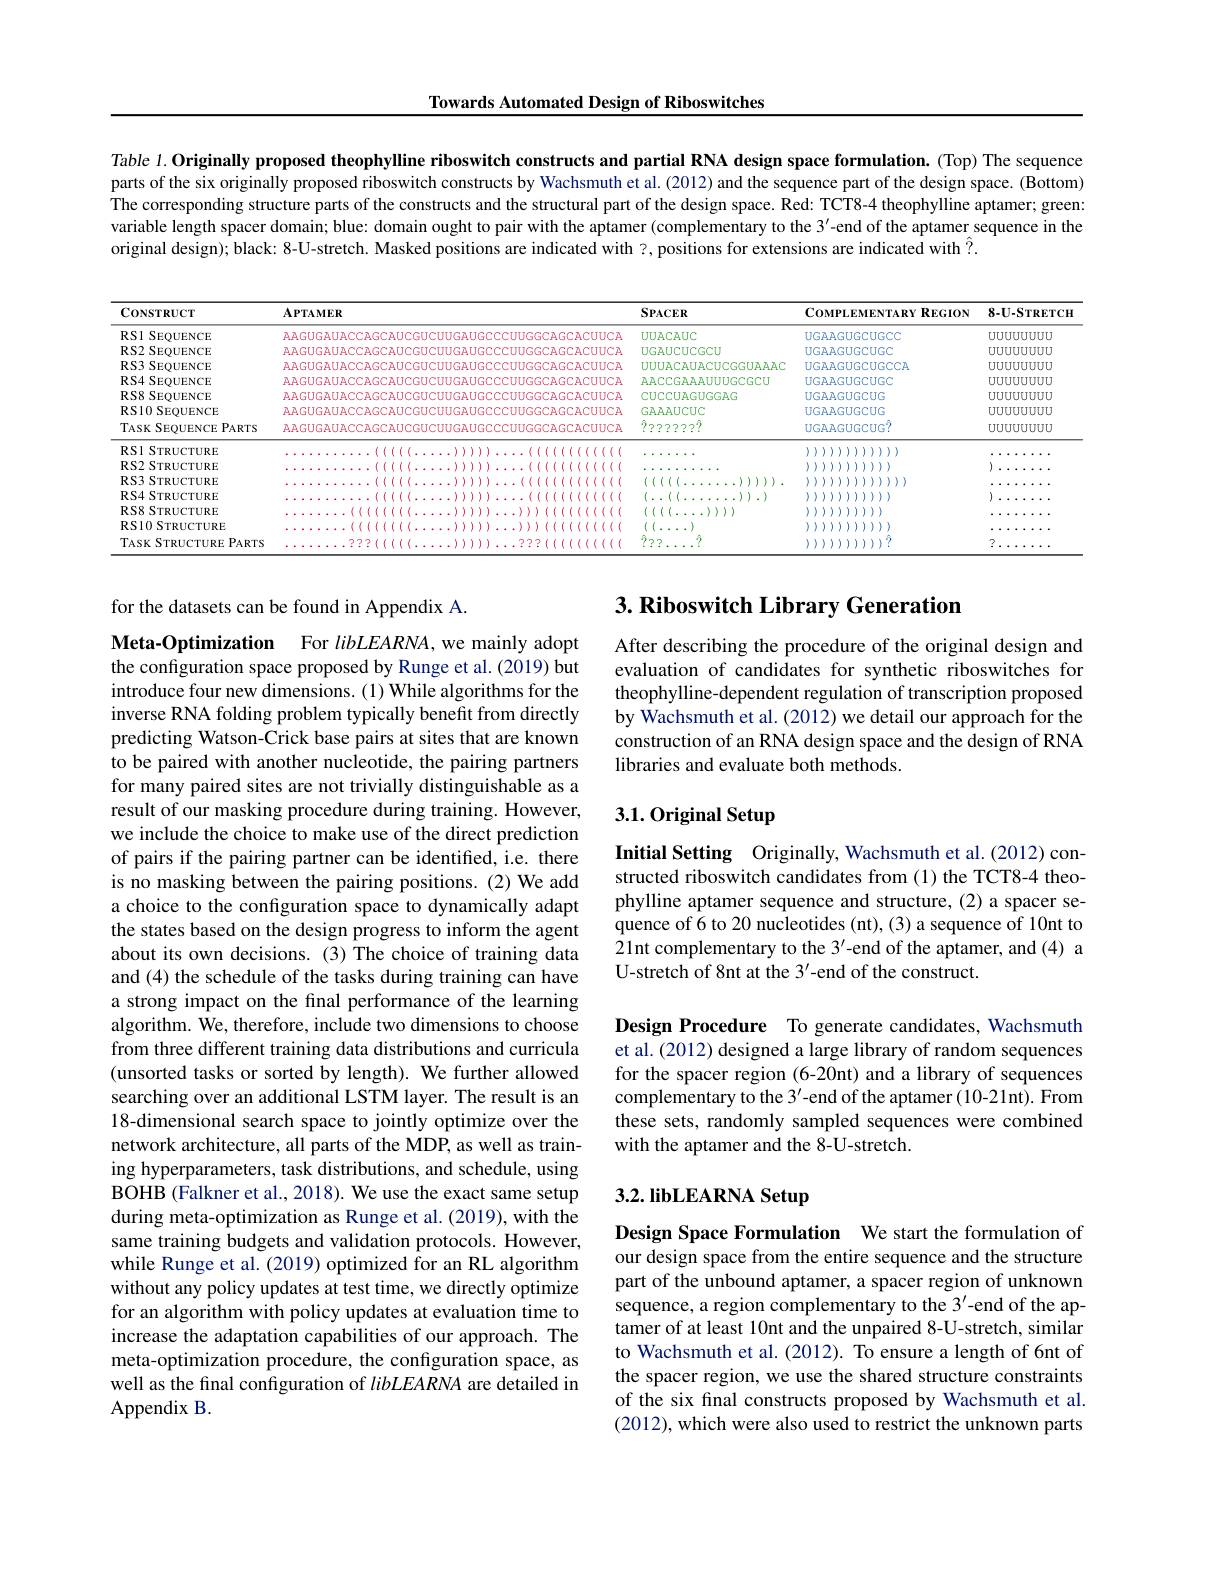
Towards Automated Design of Riboswitches

Table 1. Originally proposed theophylline riboswitch constructs and partial RNA design space formulation. (Top) The sequence parts of the six originally proposed riboswitch constructs by Wachsmuth et al.(2012) and the sequence part of the design space. (Bottom) The corresponding structure parts of the constructs and the structural part of the design space. Red: TCT8-4 theophylline aptamer; green: variable length spacer domain; blue: domain ought to pair with the aptamer (complementary to the 3'-end of the aptamer sequence in the original design); black: 8-U-stretch. Masked positions are indicated with ?, positions for extensions are indicated with $\hat{?}.$

<table>
	<tbody>
		<tr>
			<th>CoNSTRUCT</th>
			<th colspan="2">$\mathbf{APTAMER}$</th>
			<th>$\mathbf{SPACER}$</th>
			<th>$R$</th>
			<th>COMPLEMENTARY REGION</th>
			<th>$8-U-STRETCH$</th>
		</tr>
		<tr>
			<td>RS1 SEQUENCE</td>
			<td>AAGUGAUACCAGCAUCGUCUUGA</td>
			<td>JGCCCCUUGGCAGCACUUCA</td>
			<td>UUACAUC</td>
			<td>$UC$</td>
			<td>UGAAGUGCUGCC</td>
			<td>UUUUUUUUD</td>
		</tr>
		<tr>
			<td>RS2 SEQUENCE</td>
			<td>AAGUGAUACCAGCAUCGUCUUGA</td>
			<td colspan="3"> </td>
			<td>UGAAGUGCUGC</td>
			<td>UUUUUUUUD</td>
		</tr>
		<tr>
			<td>RS3 SEQUENCE</td>
			<td colspan="2"> </td>
			<td>UUUACAUACUCGGUA</td>
			<td>ZUACUCGGUAAAC</td>
			<td>UGAAGUGCUGCCA</td>
			<td>UUUUUUUUD</td>
		</tr>
		<tr>
			<td>RS4 SEQUENCE</td>
			<td colspan="2"> </td>
			<td>AACCGAAAUUGCGC</td>
			<td>ZAAAUUUGCGCU</td>
			<td>UGAAGUGCUGC</td>
			<td>UUUUUUUUD</td>
		</tr>
		<tr>
			<td>RS8 SEQUENCE</td>
			<td>AAGUGAUACCAGCAUCGUCUUGA</td>
			<td>JGCCCCUUGGCAGCACUUCA</td>
			<td>CUCCUAGUGGAG</td>
			<td>ZGUGGAC</td>
			<td>UGAAGUGCUG</td>
			<td>UUUUUUUUD</td>
		</tr>
		<tr>
			<td>RS10 SEQUENCE</td>
			<td colspan="2">AAGUGAUACCAGCAUCGUCUUGAUGCCCUUGGCAGCACUUCP</td>
			<td>GAAAAUCUC</td>
			<td>$\mathbb{C}U\mathbb{C}$</td>
			<td>UGAAGUGCUG</td>
			<td>UUUUUUUUD</td>
		</tr>
		<tr>
			<td>TASK SEQUENCE PARTS</td>
			<td>AAGUGAUACCAGCAUCGUCUUGA</td>
			<td>JGCCCCUUGGCAGCACUUCA</td>
			<td>??????????</td>
			<td>2??7</td>
			<td>UGAAGUGCUG?</td>
			<td>UUUUUUUUD</td>
		</tr>
		<tr>
			<td>RSI STRUCTURE</td>
			<td> </td>
			<td>$\{((1),0)\}$</td>
			<td> </td>
			<td> </td>
			<td>())()))))</td>
			<td> </td>
		</tr>
		<tr>
			<td>RS2 STRUCTURE</td>
			<td> </td>
			<td>T</td>
			<td> </td>
			<td> </td>
			<td>17 1</td>
			<td>1</td>
		</tr>
		<tr>
			<td>RS3 STRUCTURE</td>
			<td> </td>
			<td> </td>
			<td> </td>
			<td> </td>
			<td> </td>
			<td> </td>
		</tr>
		<tr>
			<td>RS4 STRUCTURE</td>
			<td> </td>
			<td> </td>
			<td> </td>
			<td> </td>
			<td> </td>
			<td> </td>
		</tr>
		<tr>
			<td>RS8 STRUCTURE</td>
			<td> </td>
			<td> </td>
			<td> </td>
			<td> </td>
			<td> </td>
			<td> </td>
		</tr>
		<tr>
			<td>RS10 STRUCTURE</td>
			<td> </td>
			<td>1</td>
			<td>11</td>
			<td> </td>
			<td>211 17</td>
			<td> </td>
		</tr>
		<tr>
			<td>TASK $STRUCTURE$ $\Xi P_{ARTS}$</td>
			<td> </td>
			<td> </td>
			<td> </td>
			<td> </td>
			<td> </td>
			<td>7</td>
		</tr>
	</tbody>
</table>

## 3. Riboswitch Library Generation

for the datasets can be found in Appendix A.

After describing the procedure of the original design and evaluation of candidates for synthetic riboswitches for theophylline-dependent regulation of transcription proposed by Wachsmuth et al. (2012) we detail our approach for the construction of an RNA design space and the design of RNA libraries and evaluate both methods.

# 3.1. Original Setup

Initial Setting Originally, Wachsmuth et al.(2012) constructed riboswitch candidates from (1) the TCT8-4 theophylline aptamer sequence and structure, (2) a spacer sequence of 6 to 20 nucleotides (nt), (3) a sequence of 10nt to 21nt complementary to the 3'-end of the aptamer, and (4) a U-stretch of 8nt at the 3'-end of the construct.

Meta-Optimization For $libLEARNA$, we mainly adopt the configuration space proposed by Runge et al. (2019) but introduce four new dimensions. (1) While algorithms for the inverse RNA folding problem typically benefit from directly predicting Watson-Crick base pairs at sites that are known to be paired with another nucleotide, the pairing partners for many paired sites are not trivially distinguishable as a result of our masking procedure during training. However, we include the choice to make use of the direct prediction of pairs if the pairing partner can be identified, i.e. there is no masking between the pairing positions. (2) We add a choice to the configuration space to dynamically adapt the states based on the design progress to inform the agent about its own decisions. (3) The choice of training data and (4) the schedule of the tasks during training can have a strong impact on the final performance of the learning algorithm. We, therefore, include two dimensions to choose from three different training data distributions and curricula (unsorted tasks or sorted by length). We further allowed searching over an additional LSTM layer. The result is an 18-dimensional search space to jointly optimize over the network architecture, all parts of the MDP, as well as training hyperparameters, task distributions, and schedule, using BOHB (Falkner et al., 2018). We use the exact same setup during meta-optimization as Runge et al. (2019), with the same training budgets and validation protocols. However, while Runge et al. (2019) optimized for an RL algorithm without any policy updates at test time, we directly optimize for an algorithm with policy updates at evaluation time to increase the adaptation capabilities of our approach. The meta-optimization procedure, the configuration space, as well as the final configuration of libLEARNA are detailed in Appendix B.

Design Procedure To generate candidates, Wachsmuth et al.(2012) designed a large library of random sequences for the spacer region (6-20nt) and a library of sequences complementary to the 3'-end of the aptamer (10-21nt). From these sets, randomly sampled sequences were combined with the aptamer and the 8-U-stretch.

# 3.2. libLEARNA Setup

Design Space Formulation We start the formulation of our design space from the entire sequence and the structure part of the unbound aptamer, a spacer region of unknown sequence, a region complementary to the 3'-end of the aptamer of at least 10nt and the unpaired 8-U-stretch, similar to Wachsmuth et al.(2012). To ensure a length of 6nt of the spacer region, we use the shared structure constraints of the six final constructs proposed by Wachsmuth et al. (2012), which were also used to restrict the unknown parts